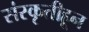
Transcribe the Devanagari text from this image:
संस्कृतीहून